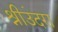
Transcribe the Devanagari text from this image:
श्रीउंदरा